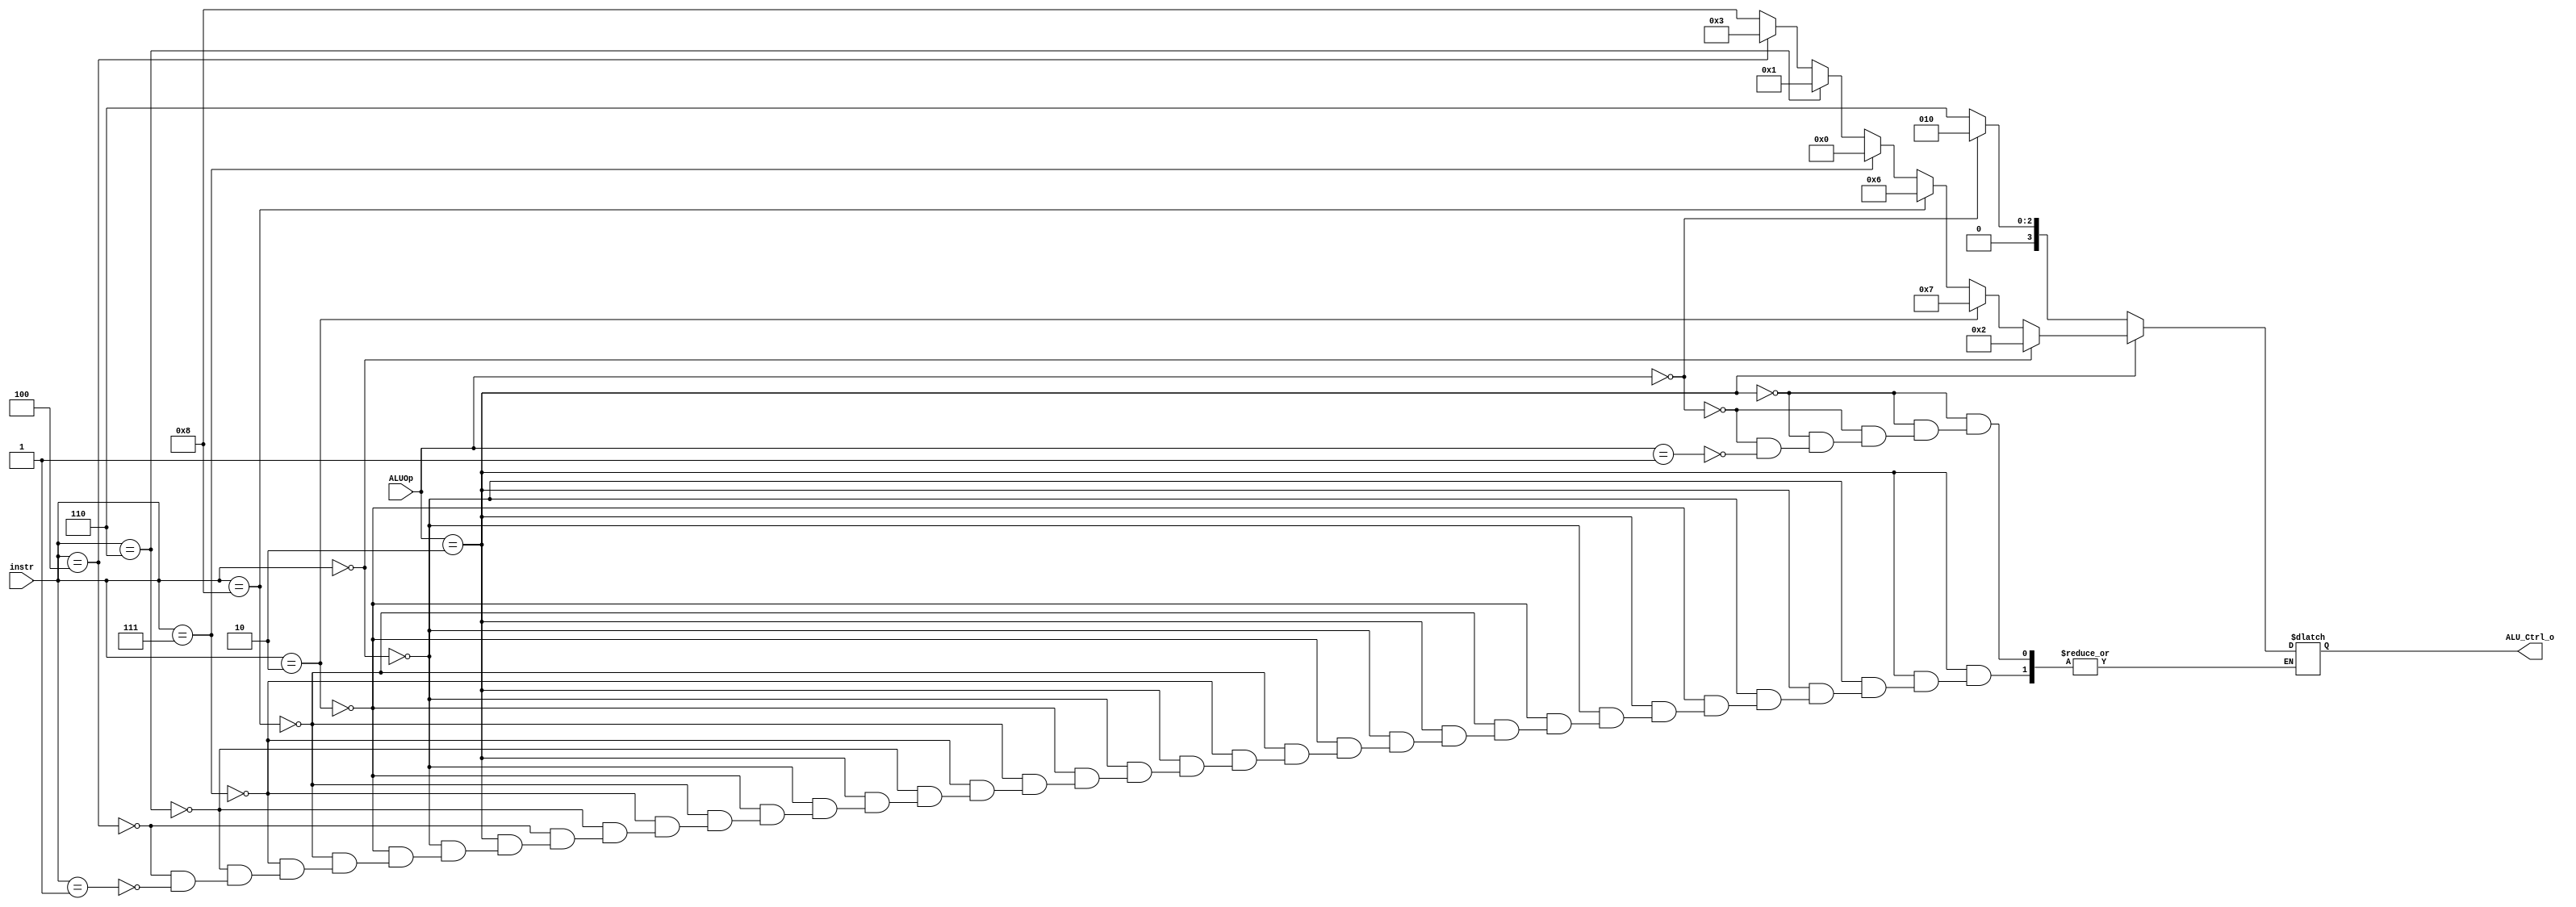
`timescale 1ns/1ps

module ALU_Ctrl(
    input       [4-1:0] instr,
    input       [2-1:0] ALUOp,
    output reg  [4-1:0] ALU_Ctrl_o
);
/* Write your code HERE */

always@( * )begin
    if(ALUOp == 2'b10)begin // Rtype
        if(instr == 4'b0000 ) ALU_Ctrl_o = 4'b0010; //add,addi
        else if(instr == 4'b0010) ALU_Ctrl_o = 4'b0111; //slt,slti
        else if(instr == 4'b1000) ALU_Ctrl_o = 4'b0110; //sub
        else if(instr == 4'b0111) ALU_Ctrl_o = 4'b0000; //and
        else if(instr == 4'b0110) ALU_Ctrl_o = 4'b0001; //or
        else if(instr == 4'b0100) ALU_Ctrl_o = 4'b0011; //xor
        else if(instr == 4'b0001) ALU_Ctrl_o = 4'b1000; //sll,slli

    end
    else if(ALUOp == 2'b00)begin //lw, sw
        ALU_Ctrl_o = 4'b0010; 
    end
    else if(ALUOp == 2'b01)begin //beq
        ALU_Ctrl_o = 4'b0110; 
    end
end
    
endmodule